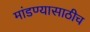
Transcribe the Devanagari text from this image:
मांडण्यासाठीच